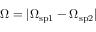
\Omega = | \Omega _ { \mathrm { s p 1 } } - \Omega _ { \mathrm { s p 2 } } |